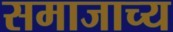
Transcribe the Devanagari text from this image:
समाजाच्य